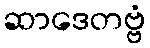
ဆာဒေတဗ္ဗံ